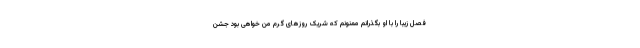
فصل زیبا را با او بگذرانم ممنونم که شریک روزهای گرم من خواهی بود جشن